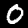
Label: 0